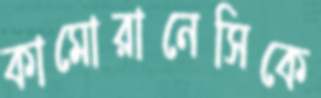
কামোরানেসিকে